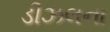
ડીઝલના